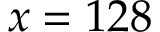
x = 1 2 8